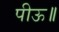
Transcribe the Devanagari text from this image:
पीऊ॥